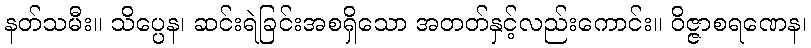
နတ်သမီး။ သိပ္ပေန၊ ဆင်းရဲခြင်းအစရှိသော အတတ်နှင့်လည်းကောင်း။ ဝိဇ္ဇာစရဏေန၊